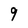
Character: 9